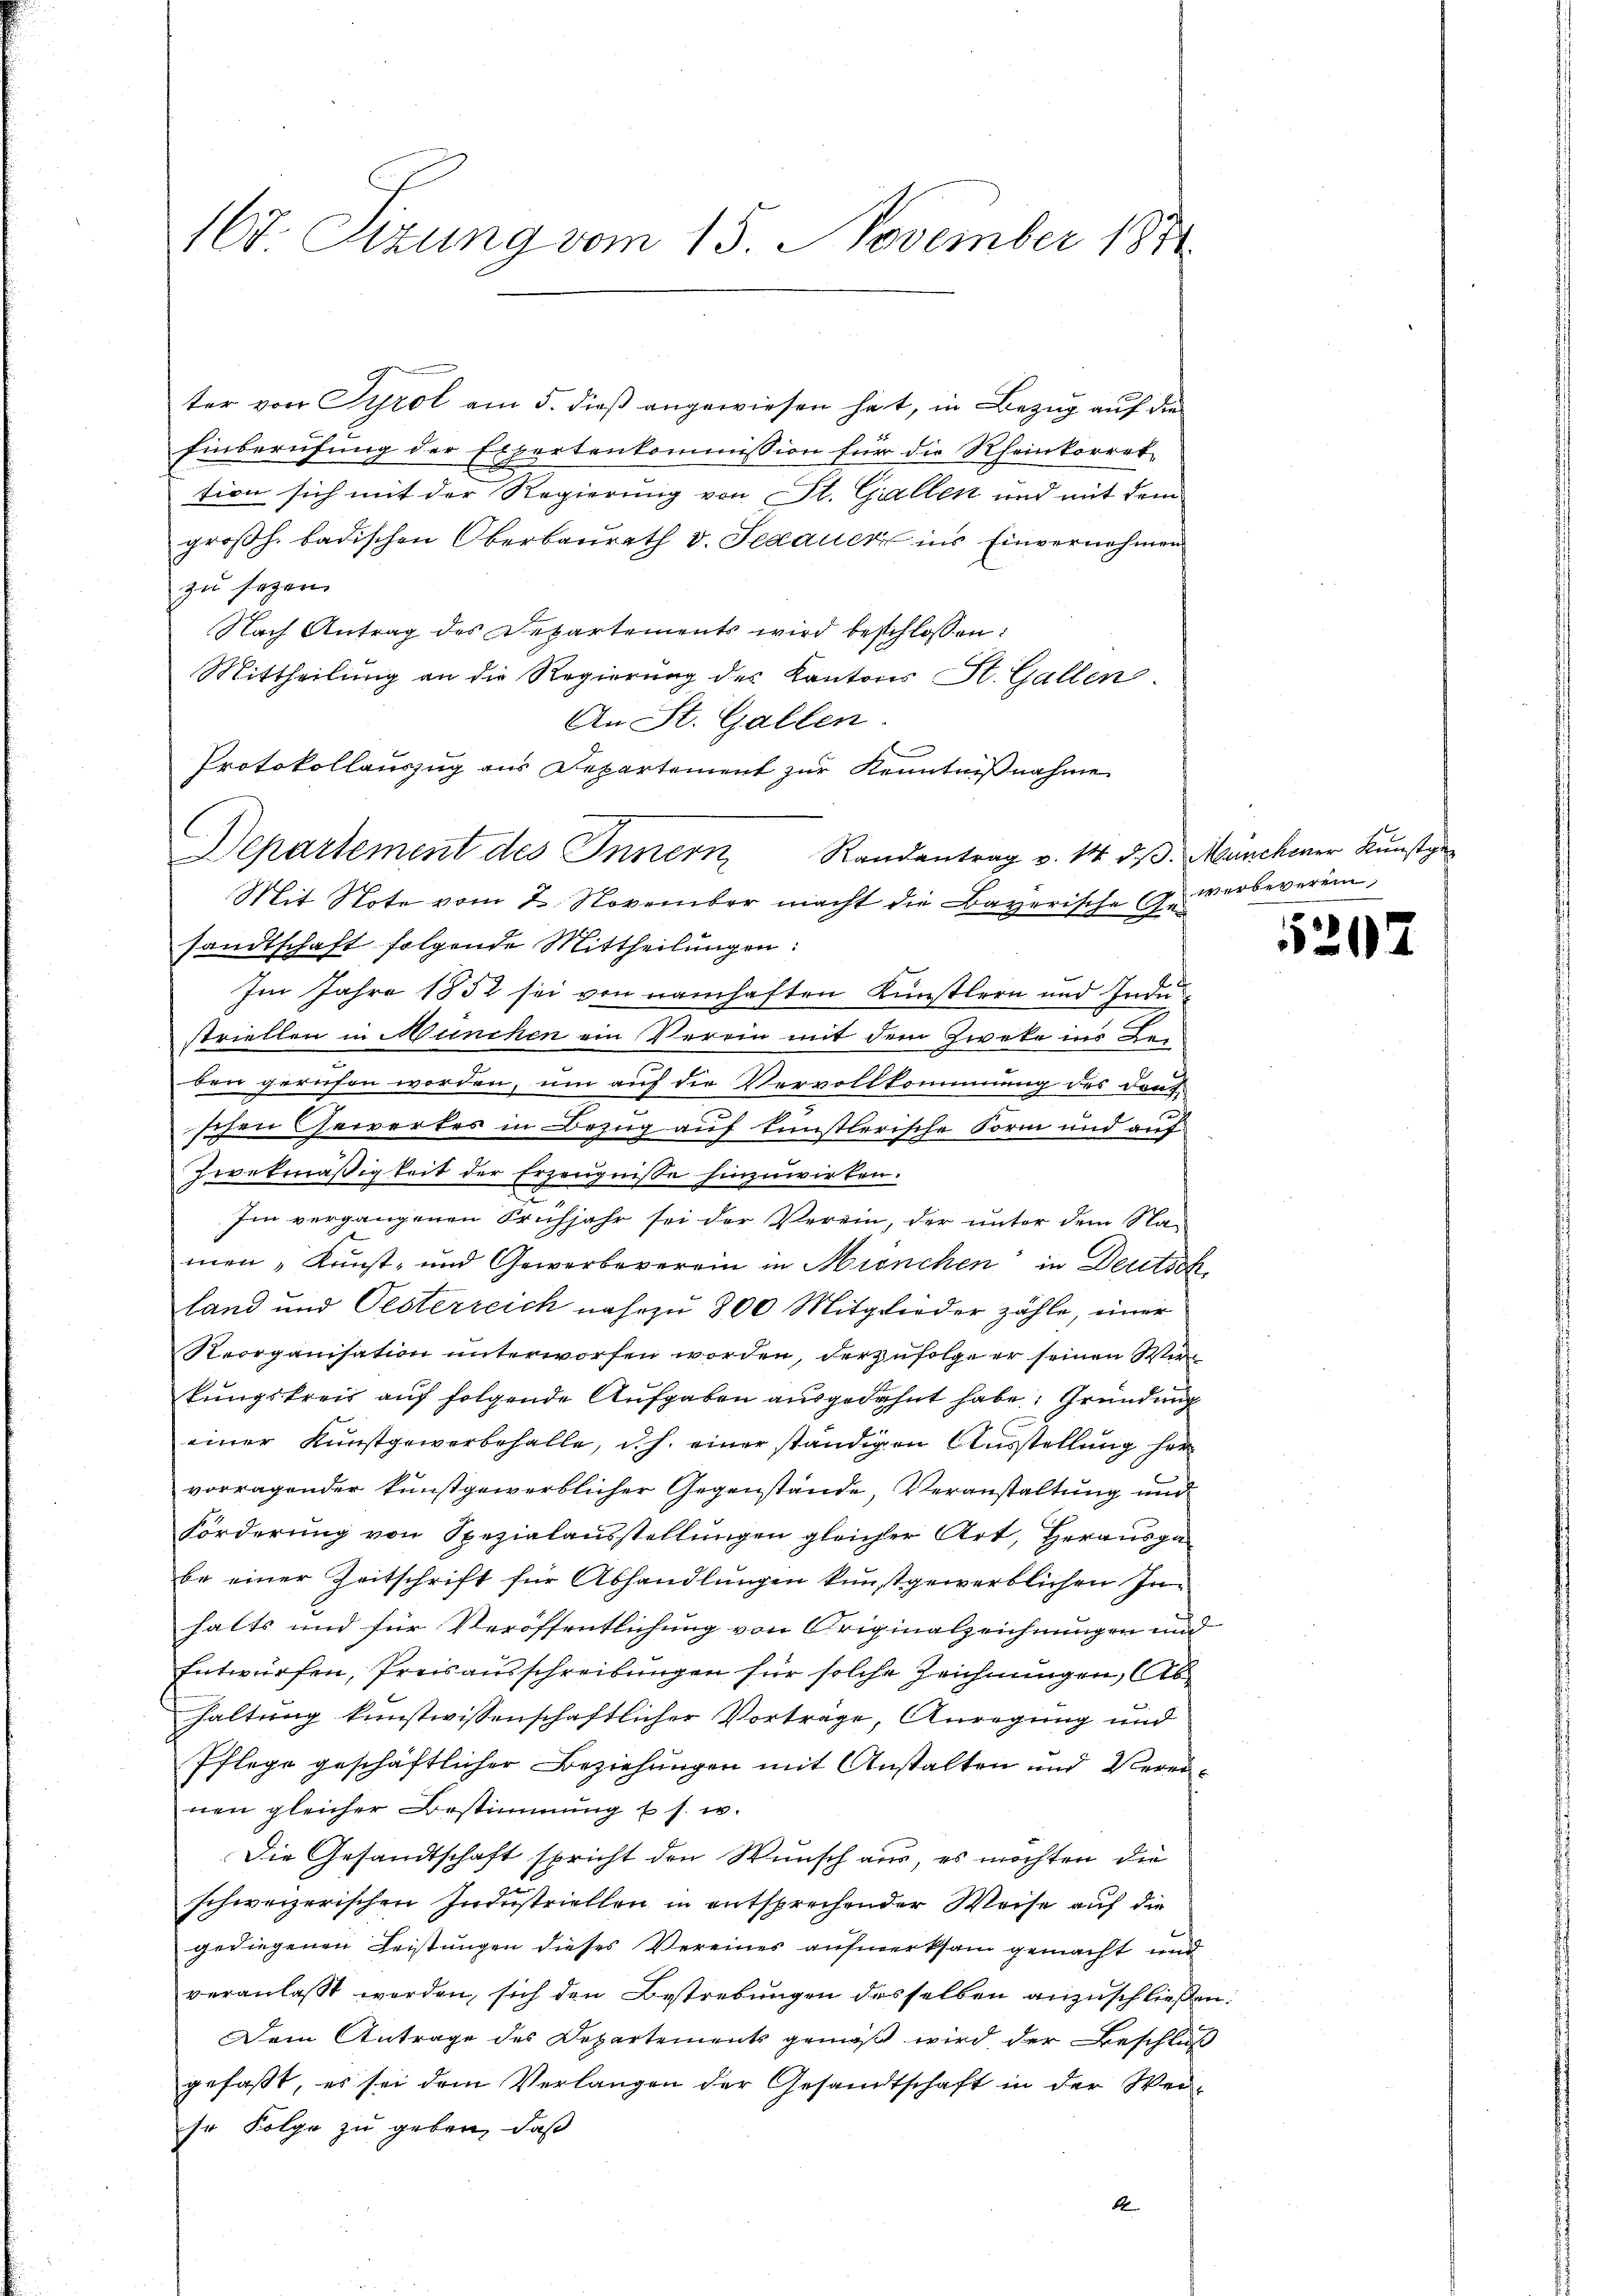
167. Sizung vom 15. November 1891

ter von Tyrol am 5. dieß angewiesen hat, in Bezug auf die
Einberufung der Expertenkommission für die Rheinkorret-
tion sich mit der Regierung von St. Gallen und mit dem
großh. badischen Oberbaurath v. Sedauer ins Einvernehmen
zu sagen.
Nach Antrag des Departements wird beschlossen:
Mittheilung an die Regierung des Kantons St. Gallen
An St. Gallen
Protokollauszug aus Departement zur Kenntnißnahme
C
Departement des Innern Randantrag v. 14. dβ. Münchener Kunstge¬
Mit Note vom 2. November macht die Bayerische Gesandtschaft folgende Mittheilungen:
Im Jahre 1852 sei von namhaften Künstlern und Industriellen in München ein Verein mit dem Zweke ins Beben gerufen worden, um auf die Vervollkommung des Dontschen Gewertes in Bezug auf künstlerische Form und auf
Zwekmäßigkeit der Erzeugnisse hinzuwirken.
Im vergangenen Frühjahr sei der Verein, der unter dem Na-
men „Kunst- und Gewerbeverein in Mienchen in Deutsch
land und Oesterreich nahezu 800 Mitglieder zähle, einer
Reorganisation unterworfen worden, der zufolge er seinen Wirkungskreis auf folgende Aufgaben ausgedehnt habe. Gründung
einer Kunstgewerbehalle, d. h. einer ständigen Ausstellung her
vorragender kunstgewerblicher Gegenstände, Veranstaltung und
Forderung von Spezialausstellungen gleicher Art, Herausgabe einer Zeitschrift für Abhandlungen kunstgewerblichen Inhalts und für Veröffentlichung von Originalzeichnungen und
Entwürfen, Preisausschreibungen für solche Zeichnungen, b
haltung kunstwissenschaftlicher Vortrage, Anregung und
Pflege geschäftlicher Beziehungen mit Anstalten und Vereinen gleicher Bestimmung u. s. w.
Die Gesandtschaft spricht den Wunsch aus, es möchten die
schweizerischen Industriellen in entsprechender Weise auf die
gediegenen Leistungen dieses Vereines aufmerksam gemacht und
veranlaßt werden, sich den Bestrebungen desselben anzuschließe
Dem Antrage des Departements gemäß wird der Beschluß
gefaßt, es sei dem Verlangen der Gesandtschaft in der Weiso Folge zu geben, daß
1

werbeverein

5217